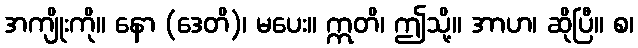
အကျိုးကို။ နော (ဒေတိ)၊ မပေး။ ဣတိ၊ ဤသို့။ အာဟ၊ ဆိုပြီ။ စ၊